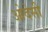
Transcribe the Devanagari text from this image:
ओदेसी